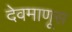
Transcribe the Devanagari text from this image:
देवमाणूस